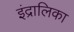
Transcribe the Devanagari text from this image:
इंद्रालिका